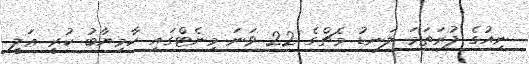
ނިއުގެ ފުރަތަމަ ލަނޑު މެޗްގެ 22 ވަނަ މިނެޓްގައި ކާމިޔާބު ކުރީ ޢަލީ